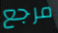
مرجع